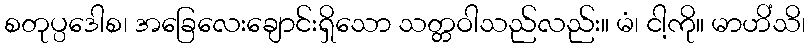
စတုပ္ပဒေါစ၊ အခြေလေးချောင်းရှိသော သတ္တဝါသည်လည်း။ မံ၊ ငါ့ကို။ မာဟိံသိ၊